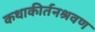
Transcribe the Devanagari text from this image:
कथाकीर्तनश्रवण